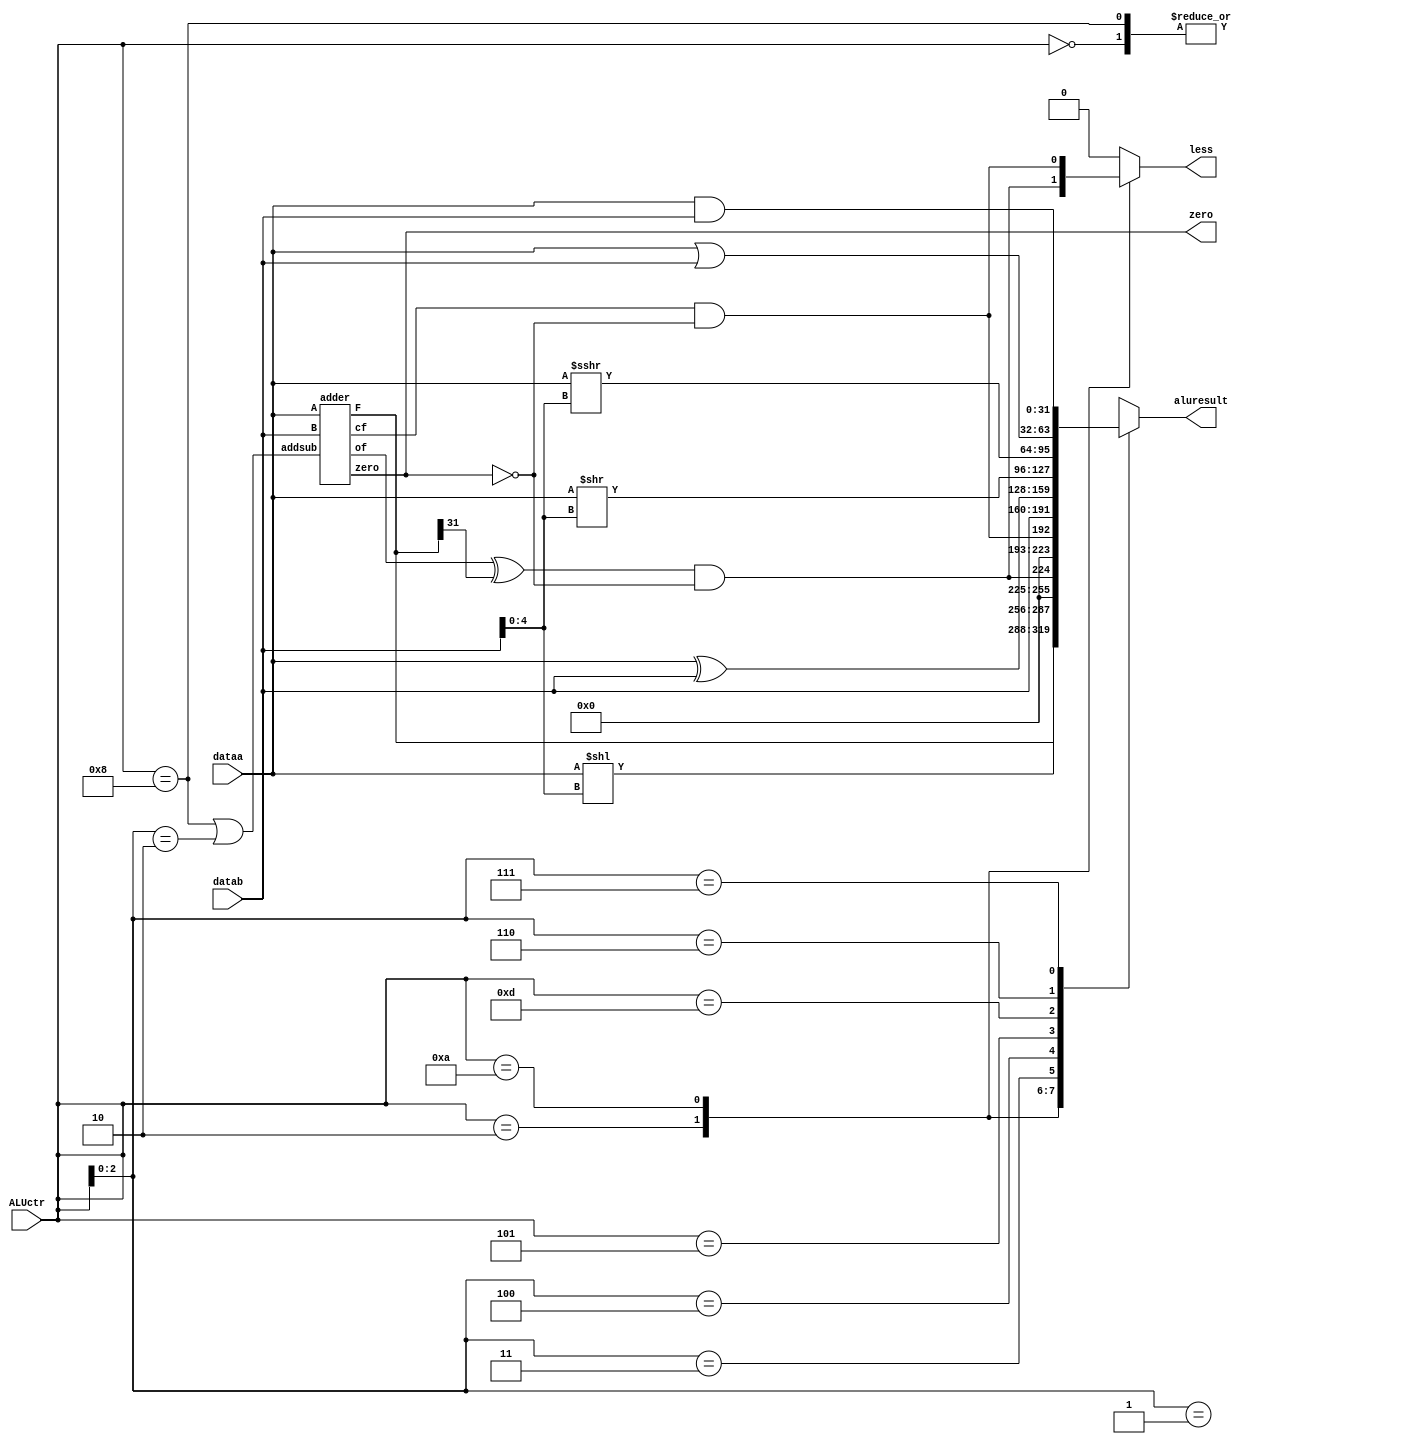
module alu(
	input [31:0] dataa,
	input [31:0] datab,
	input [3:0]  ALUctr,
	output reg less,
	output zero,
	output reg [31:0] aluresult);
wire addsub;
wire [31:0] F;
wire cf,zf,of;

assign zero = zf;
assign addsub = (ALUctr == 4'b1000 || ALUctr[2:0] == 3'b010);
adder alu_addr(dataa, datab, addsub, F, cf, zf, of);

always @(*) begin
	less <= 1'b0;
	casex(ALUctr) 
	4'b0000: begin
		aluresult <= F;
	end 4'b1000: begin
		aluresult <= F;
	end 4'b?001: begin
		aluresult <= (dataa << datab[4:0]);
	end 4'b0010: begin
		less <= (of ^ F[31]) & ~zf;
		aluresult <= {31'd0, (of ^ F[31]) & ~zf};
	end 4'b1010: begin
		less <= cf & ~zf;
		aluresult <= {31'd0, cf & ~zf};
	end 4'b?011: begin
		aluresult <= datab;
	end 4'b?100: begin
		aluresult <= dataa ^ datab;
	end 4'b0101: begin
		aluresult <= (dataa >> datab[4:0]);
	end 4'b1101: begin
		aluresult <= ($signed(dataa) >>> datab[4:0]);
	end 4'b?110: begin
		aluresult <= dataa | datab;
	end 4'b?111: begin
		aluresult <= dataa & datab;
	end default:
		aluresult <= 32'd0;
	endcase
end

endmodule

module adder(
	input  [31:0] A,
	input  [31:0] B,
	input  addsub,
	output [31:0] F,
	output cf,
	output zero,
	output of
	);

	
wire cout;
wire [31:0]add_b;

assign add_b = {32{addsub}} ^ B;
assign {cout, F} = A + add_b + addsub;

assign of = (A[31] == add_b[31]) && (F[31] != A[31]);
assign zero = ~(|F);
assign cf = cout ^ addsub;


endmodule

module CSRALU (
	input [31:0] csr,
	input [31:0] rs1,
	input [31:0] zimm,
	input [2:0] ALUctr,

	output reg [31:0] aluresult
);

always @(*) begin
	case(ALUctr)
	3'b000: aluresult <= rs1;
	3'b001: aluresult <= zimm;
	3'b010: aluresult <= rs1|csr;
	3'b011: aluresult <= zimm|csr;
	3'b100: aluresult <= ~rs1|csr;
	3'b101: aluresult <= ~zimm|csr;
	default: aluresult <= 32'd0;
	endcase
end
	
endmodule